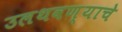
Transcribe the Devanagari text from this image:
उलथवण्याचे